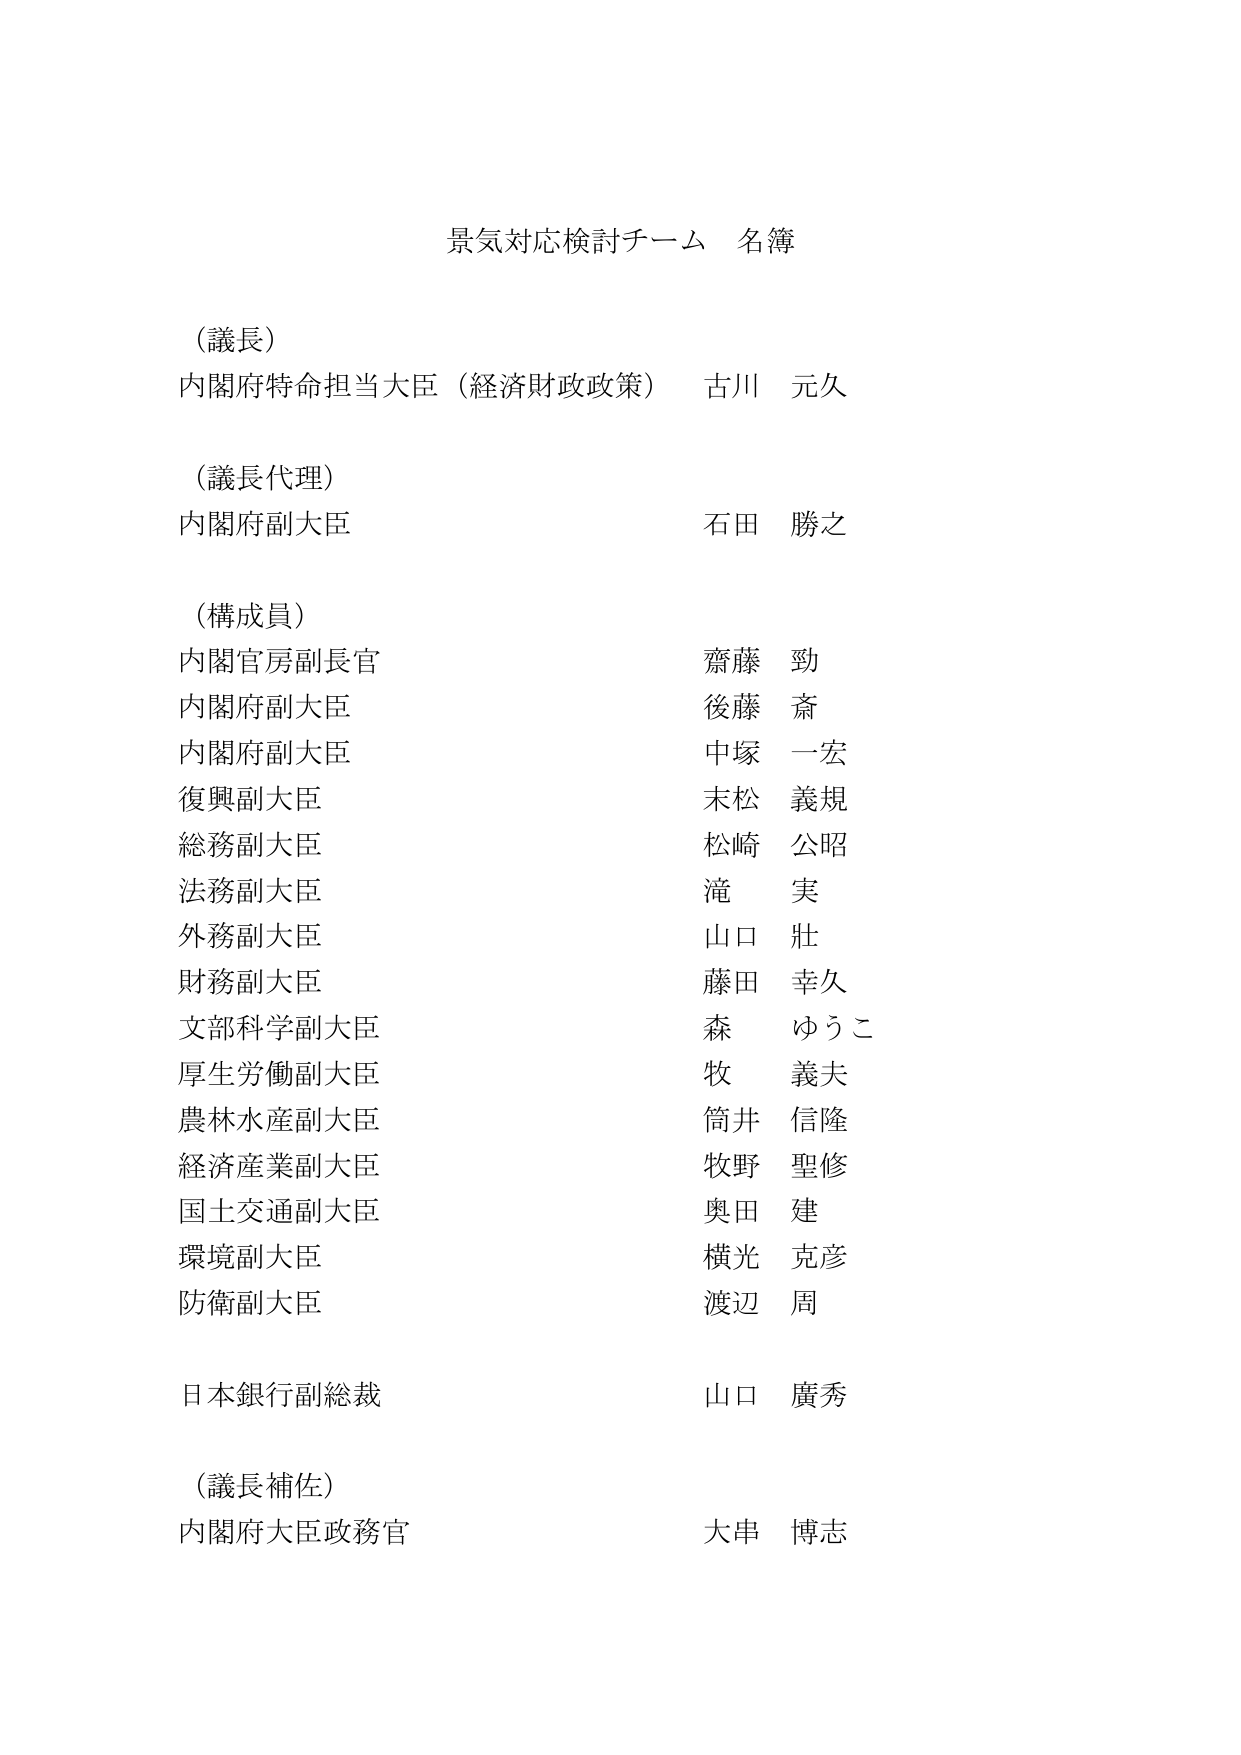
景気対応検討チーム 名簿

（議長）
内閣府特命担当大臣（経済財政政策） 古川 元久

（議長代理）
内閣府副大臣 石田 勝之

（構成員）
内閣官房副長官 齋藤 勁
内閣府副大臣 後藤 斎
内閣府副大臣 中塚 一宏
復興副大臣 末松 義規
総務副大臣 松崎 公昭
法務副大臣 滝 実
外務副大臣 山口 壯
財務副大臣 藤田 幸久
文部科学副大臣 森 ゆうこ
厚生労働副大臣 牧 義夫
農林水産副大臣 筒井 信隆
経済産業副大臣 牧野 聖修
国土交通副大臣 奥田 建
環境副大臣 横光 克彦
防衛副大臣 渡辺 周

日本銀行副総裁 山口 廣秀

（議長補佐）
内閣府大臣政務官 大串 博志